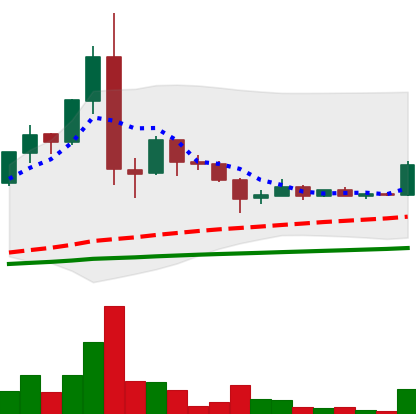
Ticker: LTC-USD
Chart end date: 2015-07-24
Forward return: 4.256%
Label: up_3_5